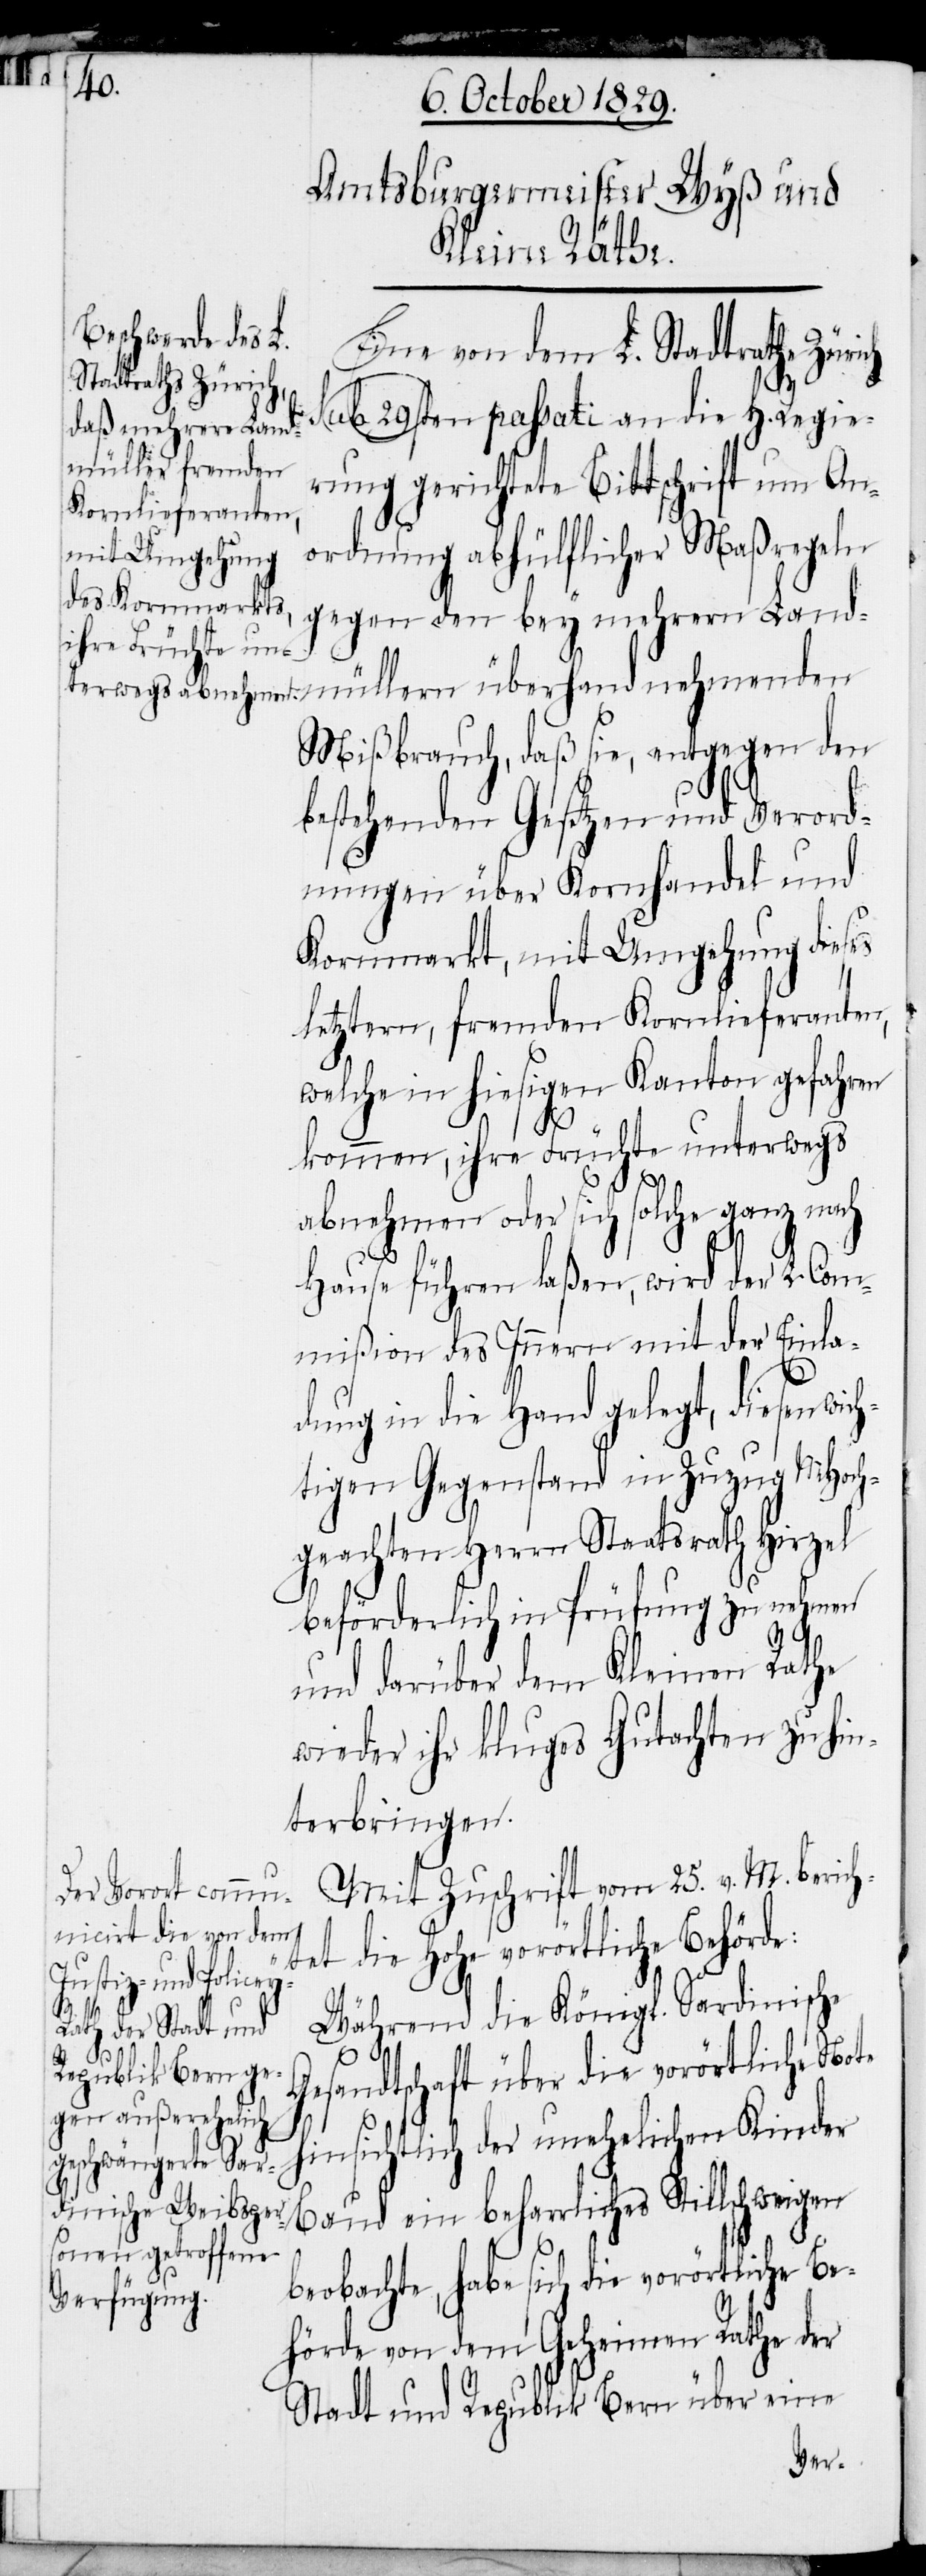
Eine von dem L. Stadtrathe Zürich
sub 29sten passati an die H. Regie¬
rung gerichtete Bittschrift um An¬
ordnung abhülflicher Maßregeln
gegen den bey mehrern Land¬
Mißbrauch, daß sie, entgegen den
bestehenden Gesetzen und Verord¬
nungen über Kornhandel und
Kornmarkt, mit Umgehung dieses
letztern, fremden Kornlieferanten,
welche in hiesigen Kanton gefahren
kommen, ihre Früchte unterwegs
abnehmen oder sich solche ganz nach
Hause führen laßen, wird der L. Com¬
mißion des Innern mit der Einla¬
dung in die Hand gelegt, diesen wich¬
tigen Gegenstand in Zuzug MHoch¬
geachten Herrn Staatsrath Hirzel
beförderlich in Prüfung zu nehmen
und darüber dem Kleinen Rathe
wieder ihr kluges Gutachten zu hin¬
terbringen.
Mit Zuschrift vom 25. v. M. berich¬
tet die Hohe vorörtliche Behörde:
Stillschweigen
Während die Königl. Sardinische
Gesandtschaft über die vorörtliche Note
hinsichtlich der unehelichen Kinder
beobachte, habe sich die vorörtliche Be¬
hörde von dem Geheimen Rathe der
Stadt und Republik Bern über eine